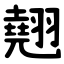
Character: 翹